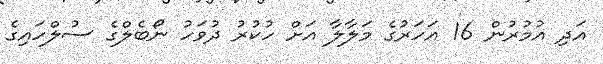
އަދި އުމުރުން 16 އަހަރުގެ މަލާލާ އަށް ހުކުރު ދުވަހު ނޯބެލްގެ ސުލްހައިގެ